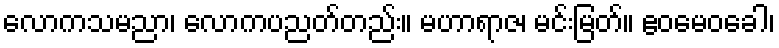
လောကသမညာ၊ လောကပညတ်တည်း။ မဟာရာဇ၊ မင်းမြတ်။ ဧဝမေဝခေါ၊